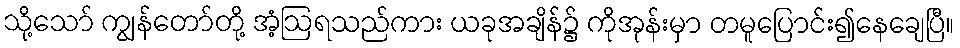
သို့သော် ကျွန်တော်တို့ အံ့ဩရသည်ကား ယခုအချိန်၌ ကိုအုန်းမှာ တမူပြောင်း၍နေချေပြီ။